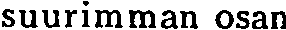
suurimman osan